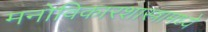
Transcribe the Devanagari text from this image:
मनोविकारशास्त्रामध्ये